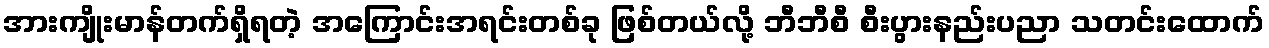
အားကျိုးမာန်တက်ရှိရတဲ့ အကြောင်းအရင်းတစ်ခု ဖြစ်တယ်လို့ ဘီဘီစီ စီးပွားနည်းပညာ သတင်းထောက်